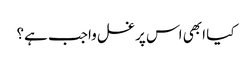
کیا ابھی اس پر غسل واجب ہے؟